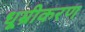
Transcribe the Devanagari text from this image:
धूम्रीकरण